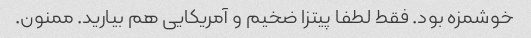
خوشمزه بود. فقط لطفا پیتزا ضخیم و آمریکایی هم بیارید. ممنون.